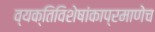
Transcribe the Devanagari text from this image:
व्यक्तिविशेषांकाप्रमाणेच